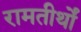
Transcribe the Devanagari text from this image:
रामतीर्थों